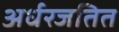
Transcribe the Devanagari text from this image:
अर्धरजतित